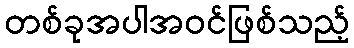
တစ်ခုအပါအဝင်ဖြစ်သည့်